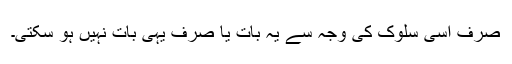
صرف اسی سلوک کی وجہ سے یہ بات یا صرف یہی بات نہیں ہو سکتی۔